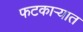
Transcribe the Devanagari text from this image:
फटकाऱ्यात